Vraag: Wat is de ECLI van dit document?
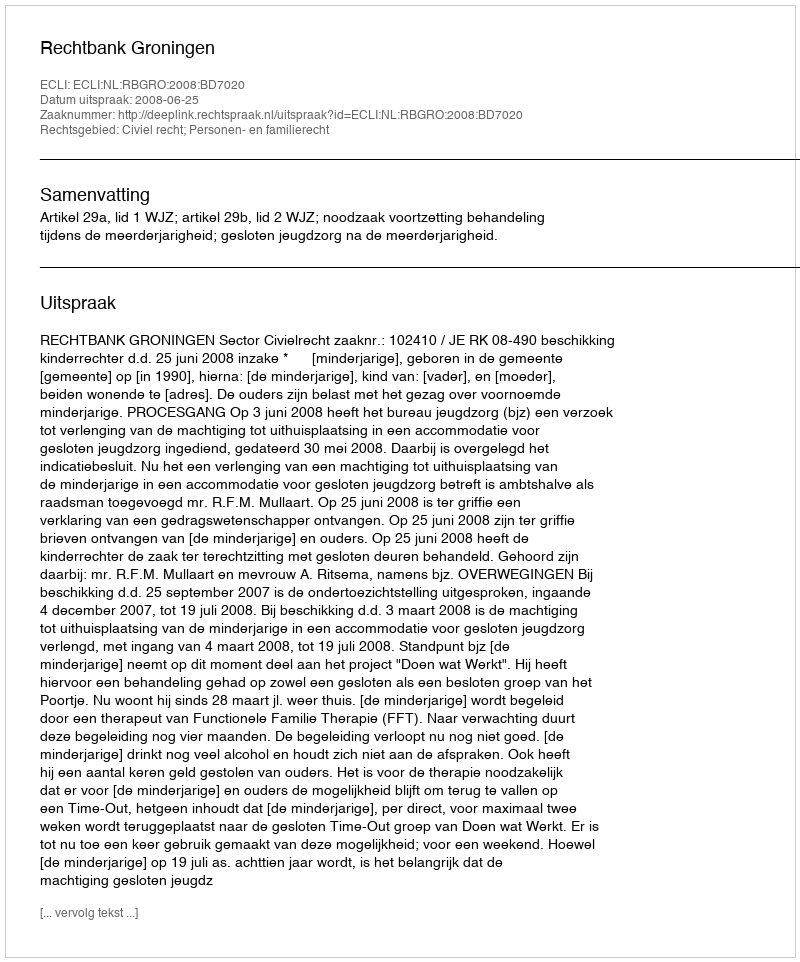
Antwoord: ECLI:NL:RBGRO:2008:BD7020